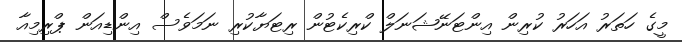
މީގެ ހަތަރު އަހަރު ކުރިން އިންޓަނޭޝަނަލް ކްރިކެޓުން ރިޓަޔާކުރި ނަމަވެސް އިންޑިއަން ޕްރިމިއާ